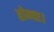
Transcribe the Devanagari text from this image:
होगए।